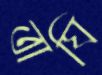
তাঘি